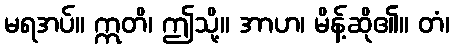
မရအပ်။ ဣတိ၊ ဤသို့။ အာဟ၊ မိန့်ဆို၏။ တံ၊